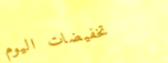
تخفيضات اليوم